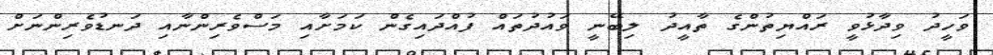
ވަހީދު ވިދާޅުވީ ރައްޔިތުންގެ ތާއީދު ލިބޭނީ ވައުދުތައް ފުއްދައިގެން ކަމަށާއި މަސްވެރިންނާއި ދަނޑުވެރިންނަށް